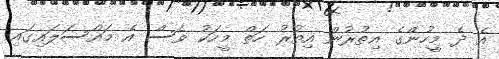
އެ ދެ މީހުންގެ އިތުރުން އިތުރު ހަތް މީހަކު ވެސް އެ މައްސަލައިގައި